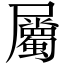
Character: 屬